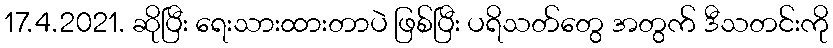
17.4.2021. ဆိုပြီး ရေးသားထားတာပဲ ဖြစ်ပြီး ပရိသတ်တွေ အတွက် ဒီသတင်းကို